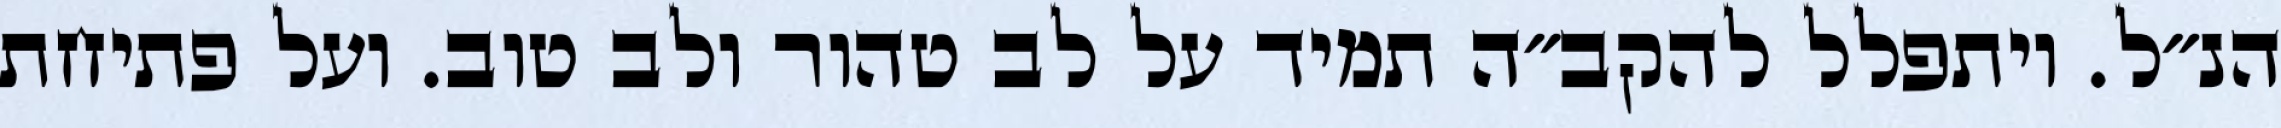
הנ״ל. ויתפלל להקב״ה תמיד על לב טהור ולב טוב. ועל פתיחת